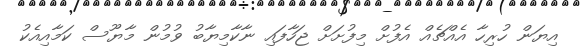
އިޔަން ހުރިހާ އެއްޗެއް އެފުށް މިފުށަށް ޖަހާފައި ނާކާމިޔާބު ވުމުން މާޔޫސް ކަމާއިއެކު